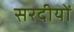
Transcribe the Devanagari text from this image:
सरदीयों